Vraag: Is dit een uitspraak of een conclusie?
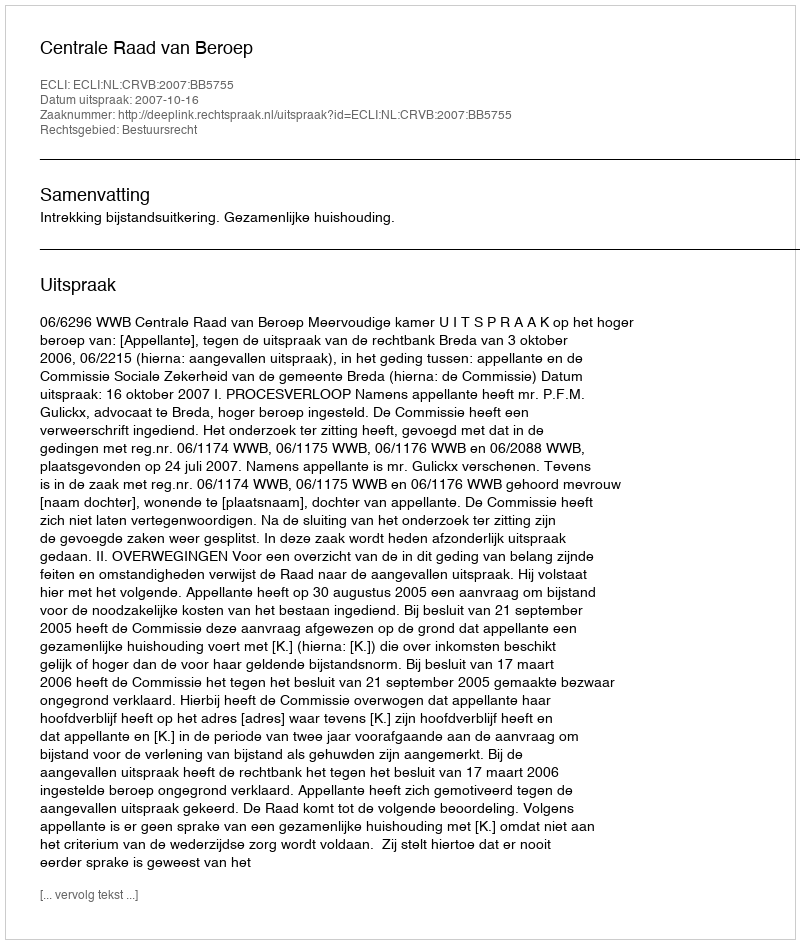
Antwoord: Uitspraak